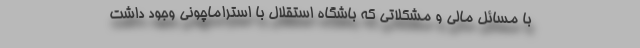
با مسائل مالی و مشکلاتی که باشگاه استقلال با استراماچونی وجود داشت